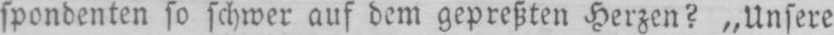
spondenten so schwer auf dem gepreßten Herzen? „Unsere